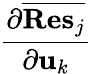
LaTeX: \frac{\partial\overline{{{\mathbf{Res}}_{j}}}}{\partial{\mathbf u}_{k}}